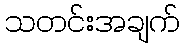
သတင်းအချက်